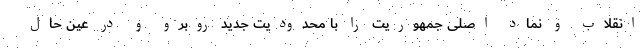
انقلاب و نماد اصلی جمهوریت را با محدودیت‌ جدید روبرو و در عین حال